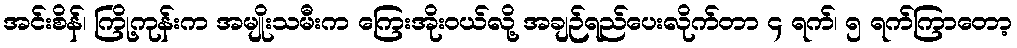
အင်းစိန်၊ ကြို့ကုန်းက အမျိုးသမီးက ကြေးအိုးဝယ်လို့ အချဉ်ရည်ပေးလိုက်တာ ၄ ရက်၊ ၅ ရက်ကြာတော့